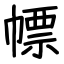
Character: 幖